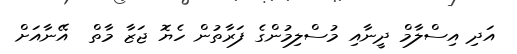
އަދި އިސްލާމް ދީނާއި މުސްލިމުންގެ ފަރާތުން ހެޔޮ ޖަޒާ މާތް  އޭނާއަށް